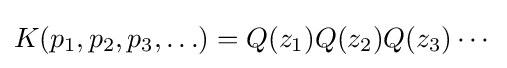
K(p_{1},p_{2},p_{3},\ldots )=Q(z_{1})Q(z_{2})Q(z_{3})\cdots